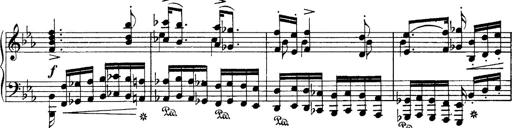
Title: Hungarian Rhapsody No.4
Composer: Franz Liszt
Key: E-flat major